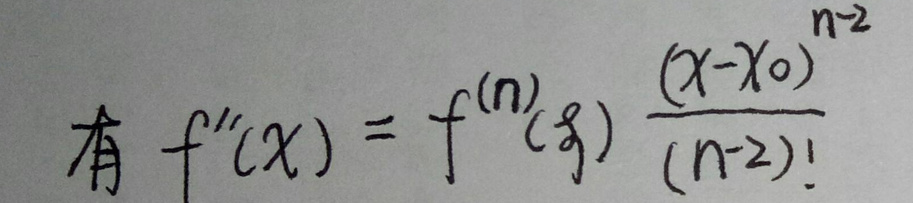
有 \(f''(x)=f^{(n)}(\xi)\frac{(x - x_0)^{n - 2}}{(n - 2)!}\)